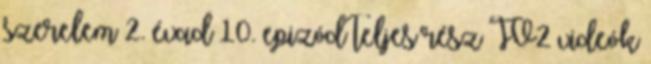
szerelem 2. évad 10. epizód teljes rész TV2 videók